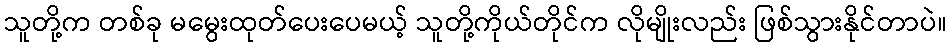
သူတို့က တစ်ခု မမွေးထုတ်ပေးပေမယ့် သူတို့ကိုယ်တိုင်က လိုမျိုးလည်း ဖြစ်သွားနိုင်တာပဲ။